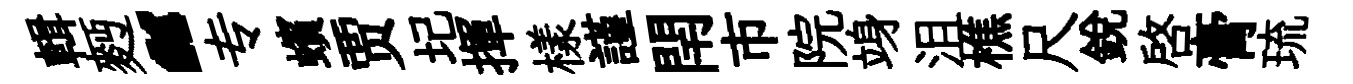
輯麪“专蠙贾圮揮樣謹閈市院竧沮樵尺銳啓膏琉